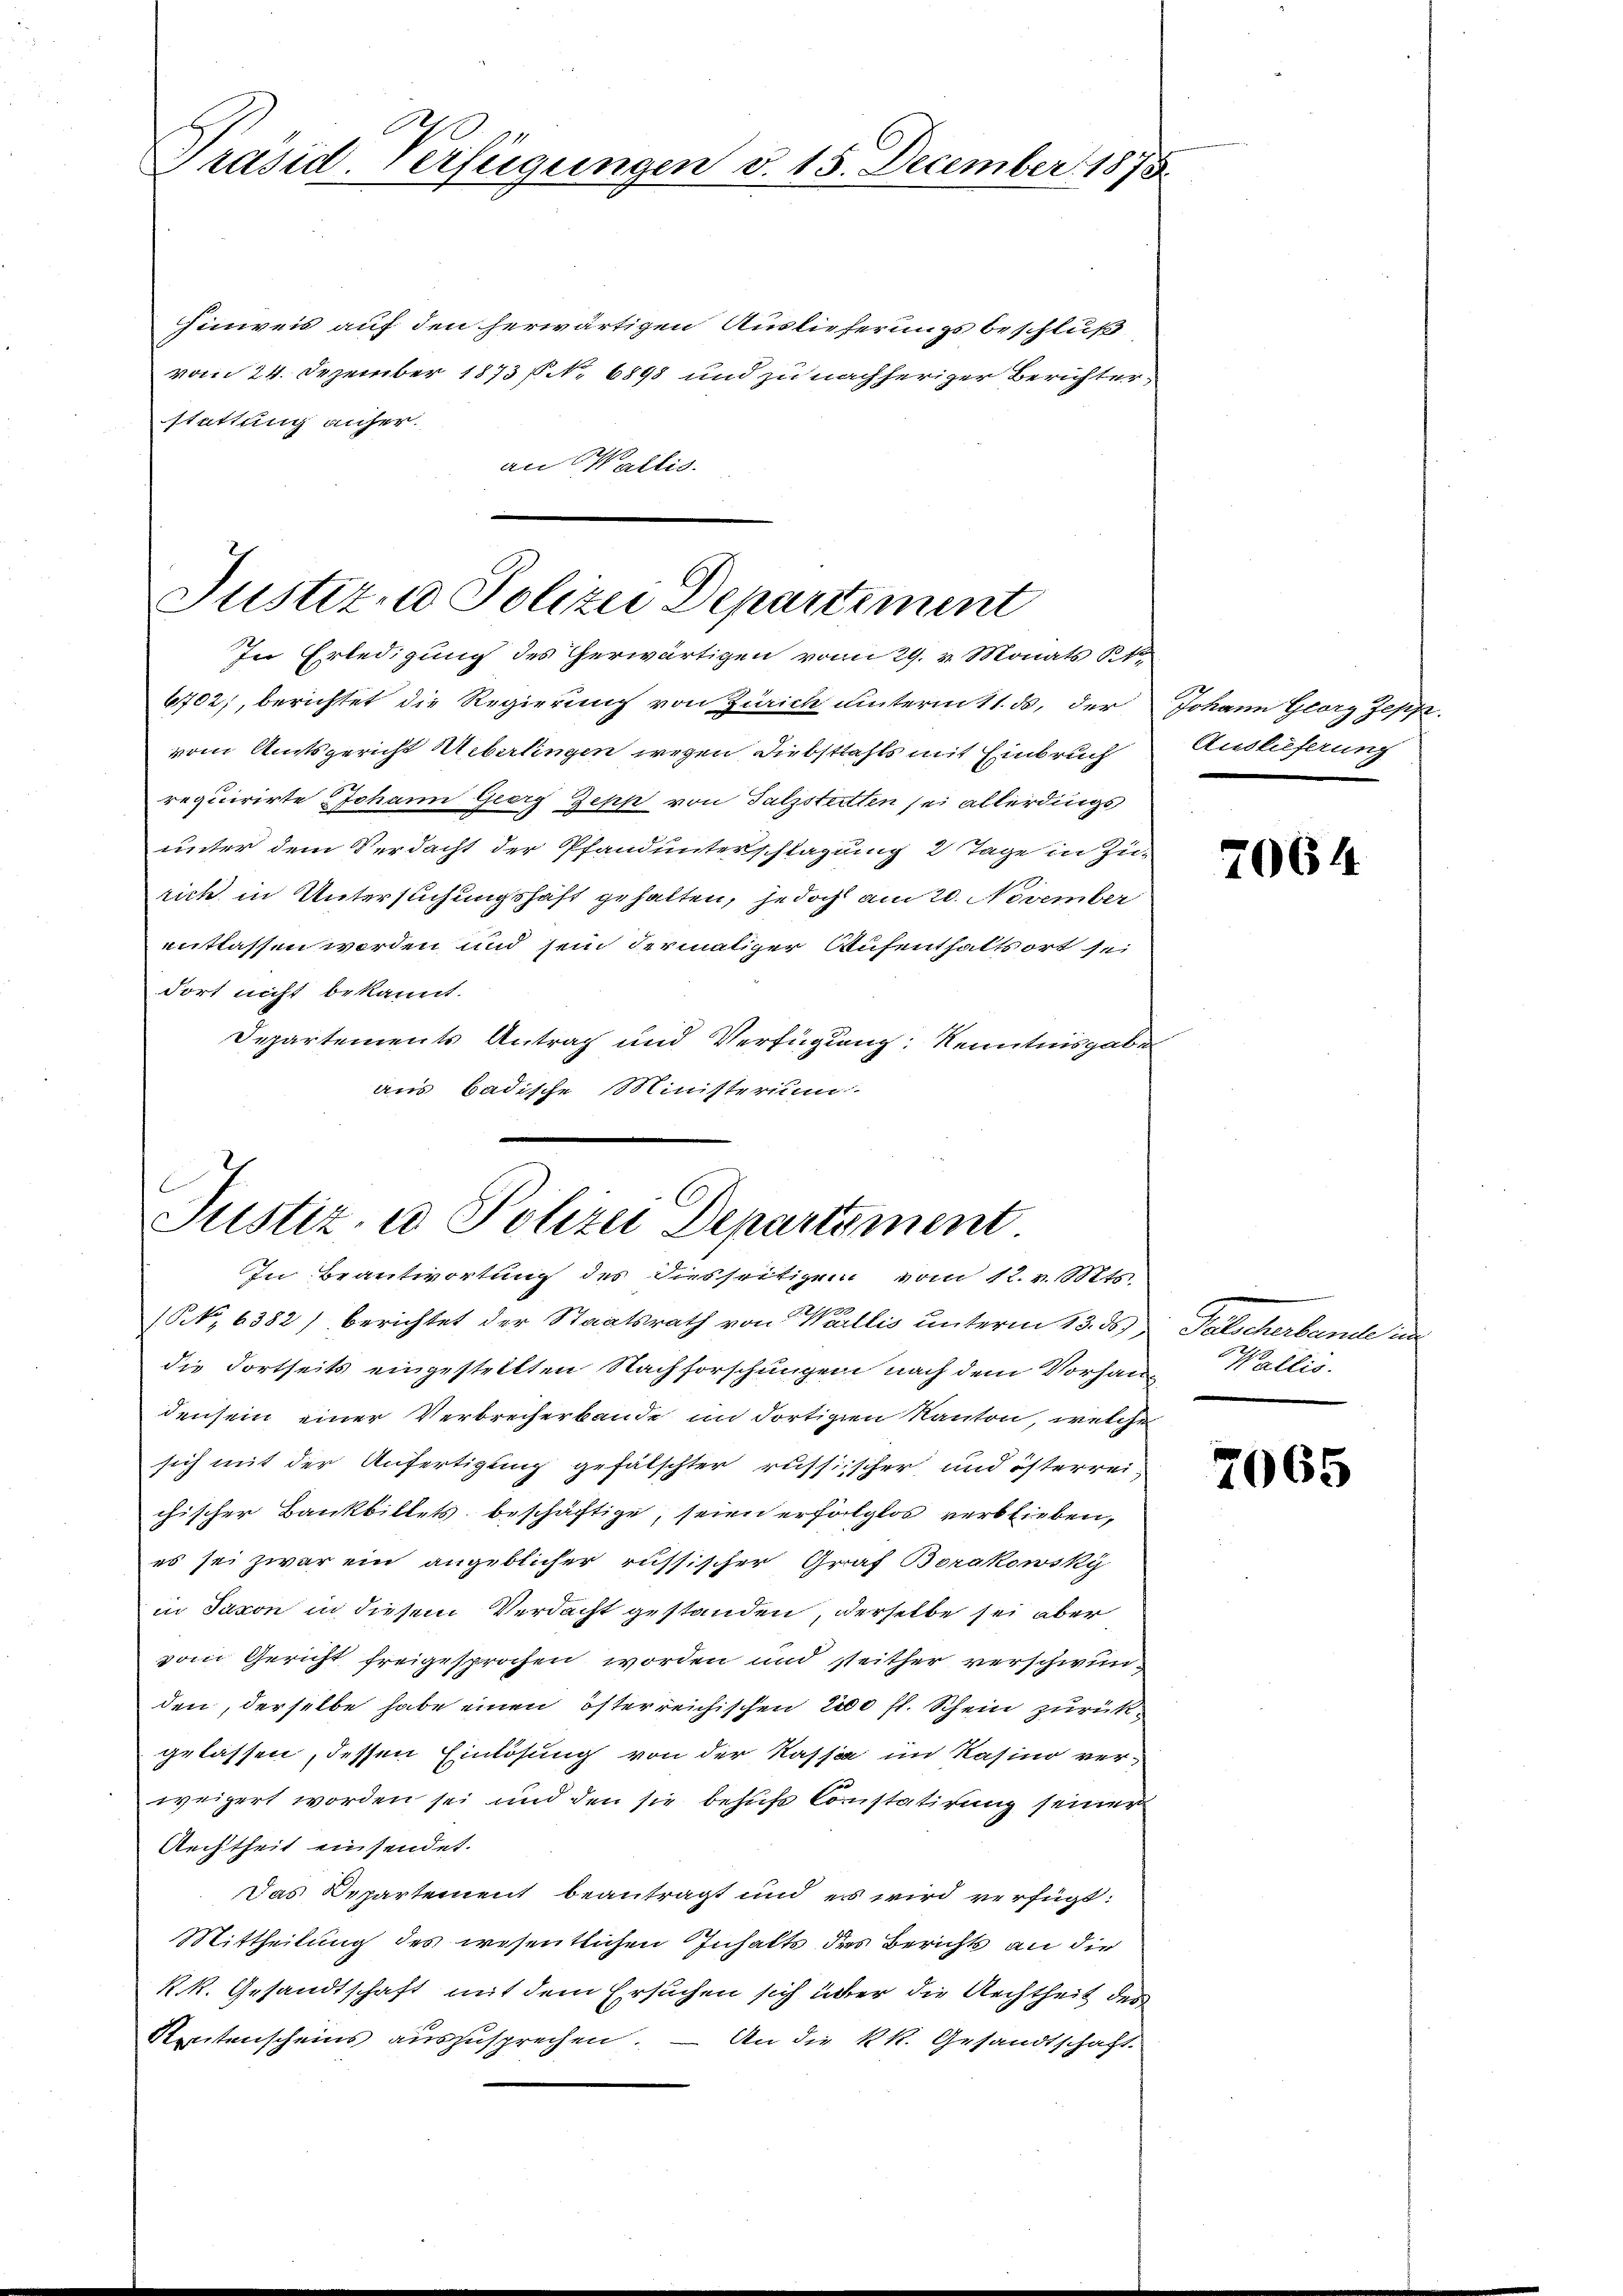
Präsid. Verfügungen d. 15. December 1875.

hinweis auf den herwärtigen Auslieferungsbeschluß
vom 24. Dezember 1873 No 6898 und zu nachheriger Berichterstattung anher.
an Wallis.

Justiz, Polizei Departement
In Erledigung des herwärtigen vom 29. v. Monats St

Justiz- u Polizei Departement
In Beantwortung des diesseitigem vom 12. v. Mts.

6702), berichtet die Regierung von Zürich unterm 11. ds. der Johann Georg Jeppz
vom Amtsgericht Ueberlingen wegen Diebstahls mit Einbruch
requirirte Johann Georg Zepp von Salzsteitten sei allerdings
unter dem Verdacht der Pfandunterschlagung 2 Tage in Zu-
rich in Untersuchungshaft gehalten, jedoch am 20. November
entlassen werden und sein dermaliger Aufenthaltsort sei
dort nicht bekannt.
Departements Antrag und Verfügung Kenntnisgabe
aus badische Ministerium

n
(NNo 6382) berichtet der Staatsrath von Wallis unterm 13. ds.,
die dortseits eingestellten Nachforschungen nach dem Vorhan- Wallis
densein einer Verbrecherbande im dortigen Kanton, welche
sich mit der Anfertigung gefälschter russischer und österreichischer Bankbillets beschäftige, seien erfolglos verblieben,
es sei zwar ein angeblicher russischer Graf Borakowsky
in Taxon in diesem Verdacht gestanden, derselbe sei aber
vom Gericht freigesprochen worden und steither verschwunden, derselbe habe einen österreichischen 200 fl. Schein zurückgelassen, dessen Einlösung von der Kassa im Kasino verweigert worden sei und den sie behufs Constatirung seiner
Rechtheit einsendet.
Das Departement beantragt und es wird verfügt:
Mittheilung des wesentlichen Inhalts des Berichts an die
k.k. Gesandtschaft mit dem Ersuchen sich über die Rechtheit des
Stentenscheins auszusprechen. — An die kk. Gesandtschaft

Auslieferung

7064

leterient auf

7065